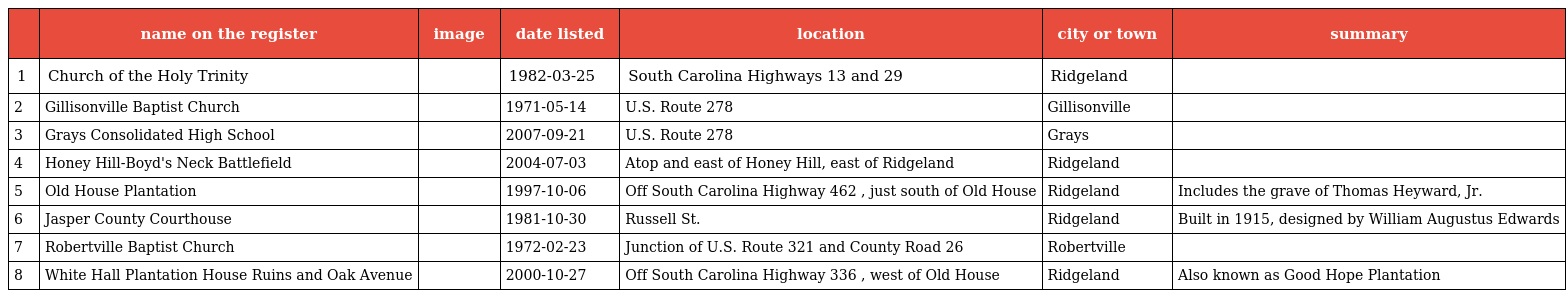
|  | name on the register | image | date listed | location | city or town | summary |
 | --- | --- | --- | --- | --- | --- | --- |
 | 1 | Church of the Holy Trinity |  | 1982-03-25 | South Carolina Highways 13 and 29 | Ridgeland |  |
 | 2 | Gillisonville Baptist Church |  | 1971-05-14 | U.S. Route 278 | Gillisonville |  |
 | 3 | Grays Consolidated High School |  | 2007-09-21 | U.S. Route 278 | Grays |  |
 | 4 | Honey Hill-Boyd's Neck Battlefield |  | 2004-07-03 | Atop and east of Honey Hill, east of Ridgeland | Ridgeland |  |
 | 5 | Old House Plantation |  | 1997-10-06 | Off South Carolina Highway 462 , just south of Old House | Ridgeland | Includes the grave of Thomas Heyward, Jr. |
 | 6 | Jasper County Courthouse |  | 1981-10-30 | Russell St. | Ridgeland | Built in 1915, designed by William Augustus Edwards |
 | 7 | Robertville Baptist Church |  | 1972-02-23 | Junction of U.S. Route 321 and County Road 26 | Robertville |  |
 | 8 | White Hall Plantation House Ruins and Oak Avenue |  | 2000-10-27 | Off South Carolina Highway 336 , west of Old House | Ridgeland | Also known as Good Hope Plantation |